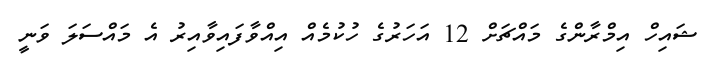
ޝައިހް އިމްރާންގެ މައްޗަށް 12 އަހަރުގެ ހުކުމެއް އިއްވާފައިވާއިރު އެ މައްސަލަ ވަނީ